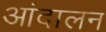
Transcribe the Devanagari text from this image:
आंदालन